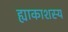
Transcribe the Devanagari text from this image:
ह्याकाशस्य